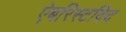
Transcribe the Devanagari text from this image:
ऐबरिस्टविद